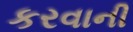
કરવાની